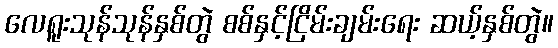
လေရူးသုန်သုန်နှစ်တွဲ စစ်နှင့်ငြိမ်းချမ်းရေး ဆယ့်နှစ်တွဲ။